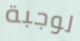
لوجبة